Medical and sanitary report of the native army of Madras for the year
Year: 1872
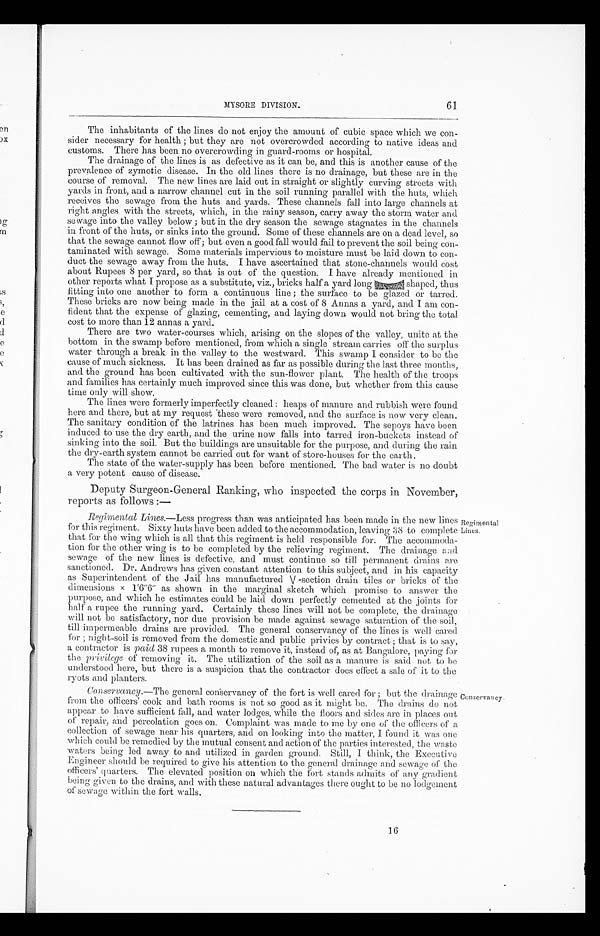
61
MYSORE DIVISION.
The inhabitants of the lines do not enjoy the amount of cubic space which we con
-sider necessary for health ; but they are not overcrowded according to native ideas and
customs. There has been no overcrowding in guard-rooms or hospital.
The drainage of the lines is as defective as it can be, and this is another cause of the
prevalence of zymotic disease. In the old lines there is no drainage, but these are in the
course of removal. The new lines are laid out in straight or slightly curving streets with
yards in front, and a narrow channel cut in the soil running parallel with the huts, which
receives the sewage from the huts and yards. These channels fall into large channels at
right angles with the streets, which, in the rainy season, carry away the storm water and
sewage into the valley below ; but in the dry season the sewage stagnates in the channels
in front of the huts, or sinks into the ground. Some of these channels are on a dead level, so
that the sewage cannot flow off; but even a good fall would fail to prevent the soil being con
-taminated with sewage. Some materials impervious to moisture must be laid down to con
-duct the sewage away from the huts. I have ascertained that stone-channels would cost
about Rupees 8 per yard, so that is out of the question. I have already mentioned in
other reports what I propose as a substitute, viz., bricks half a yard long <illegible> shaped, thus
fitting into one another to form a continuous line ; the surface to be glazed or tarred.
These bricks are now being made in the jail at a cost of 8 Annas a yard, and I am con
-fident that the expense of glazing, cementing, and laying down would not bring the total
cost to more than 12 annas a yard.
There are two water-courses which, arising on the slopes of the valley, unite at the
bottom in the swamp before mentioned, from which a single stream carries off the surplus
water through a break in the valley to the westward. This swamp I consider to be the
cause of much sickness. It has been drained as far as possible during the last three months,
and the ground has been cultivated with the sun-flower plant. The health of the troops
and families has certainly much improved since this was done, but whether from this cause
time only will show.
The lines were formerly imperfectly cleaned : heaps of manure and rubbish were found
here and there, but at my request these were removed, and the surface is now very clean.
The sanitary condition of the latrines has been much improved. The sepoys have been
induced to use the dry earth, and the urine now falls into tarred iron-buckets instead of
sinking into the soil. But the buildings are unsuitable for the purpose, and during the rain
the dry-earth system cannot be carried out for want of store-houses for the earth.
The state of the water-supply has been before mentioned. The bad water is no doubt
a very potent cause of disease.
Deputy Surgeon-General Ranking, who inspected the corps in November,
reports as follows :—
Regimental Lines.—Less progress than was anticipated has been made in the new lines
for this regiment. Sixty huts have been added to the accommodation, leaving 38 to complete
that for the wing which is all that this regiment is held responsible for. The accommoda
-tion for the other wing is to be completed by the relieving regiment. The drainage and
sewage of the new lines is defective, and must continue so till permanent drains are
sanctioned. Dr. Andrews has given constant attention to this subject, and in his capacity
as Superintendent of the Jail has manufactured V -section drain tiles or bricks of the
dimensions x l'6"6" as shown in the marginal sketch which promise to answer the
purpose, and which he estimates could be laid down perfectly cemented at the joints for
half a rupee the running yard. Certainly these lines will not be complete, the drainage
will not be satisfactory, nor due provision be made against sewage saturation of the soil,
till impermeable drains are provided. The general conservancy of the lines is well cared
for ; night-soil is removed from the domestic and public privies by contract ; that is to say,
a contractor is paid 38 rupees a month to remove it, instead of; as at Bangalore, paying for
the privilege of removing it. The utilization of the soil as a manure is said not to be
understood here, but there is a suspicion that the contractor does effect a sale of it to the
ryots and planters.
Conservancy.—The general conservancy of the fort is well cared for ; but the drainage
from the officers' cook and bath rooms is not so good as it might be. The drains do not
appear to have sufficient fall, and water lodges, while the floors and sides are in places out
of repair, and percolation goes on. Complaint was made to me by one of the officers of a
collection of sewage near his quarters, and on looking into the matter, I found it was one
which could be remedied by the mutual consent and action of the parties interested, the waste
waters being led away to and utilized in garden ground. Still, I think, the Executive
Engineer should be required to give his attention to the general drainage and sewage of the
officers' quarters. The elevated position on which the fort stands admits of any gradient
being given to the drains, and with these natural advantages there ought to be no lodgement
of sewage within the fort walls.
Regimental
Lines.
Conservancy.
16